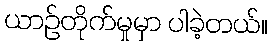
ယာဉ်တိုက်မှုမှာ ပါခဲ့တယ်။